Report of the Municipal Commissioner on the plague in Bombay for the year ending 31st May... - Volume 3
Disease focus: Plague
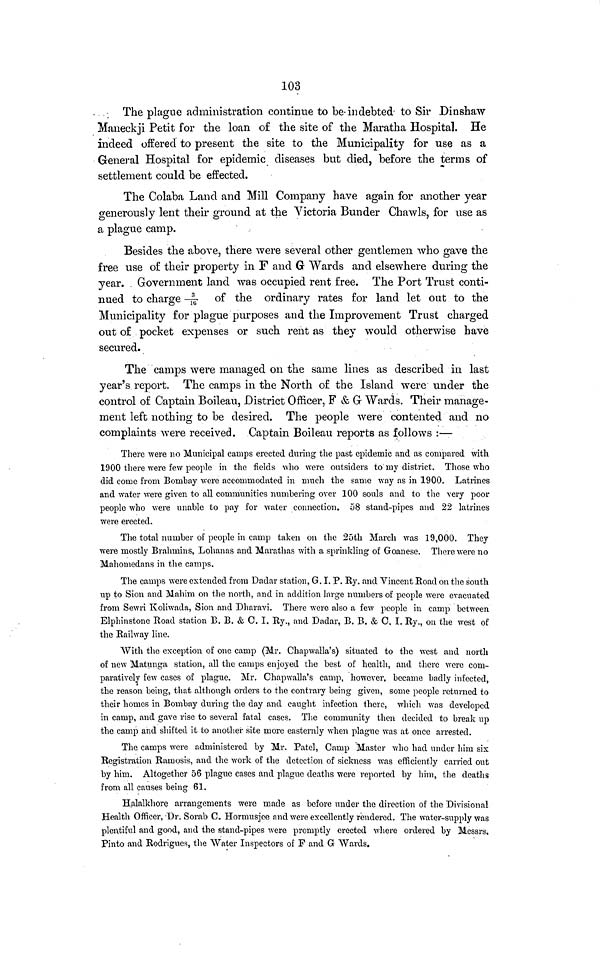
103
The plague administration continue to be indebted to Sir Dinshaw
Maneckji Petit for the loan of the site of the Maratha Hospital. He
indeed offered to present the site to the Municipality for use as a
General Hospital for epidemic diseases but died, before the terms of
settlement could be effected.
The Colaba Land and Mill Company have again for another year
generously lent their ground at the Victoria Bunder Chawls, for use as
a plague camp.
Besides the above, there were several other gentlemen who gave the
free use of their property in F and G Wards and elsewhere during the
year. Government land was occupied rent free. The Port Trust conti-
nued to charge 3/16 of the ordinary rates for land let out to the
Municipality for plague purposes and the Improvement Trust charged
out of pocket expenses or such rent as they would otherwise have
secured.
The camps were managed on the same lines as described in last
year's report. The camps in the North of the Island were under the
control of Captain Boileau, District Officer, F & G Wards. Their manage-
ment left nothing to be desired. The people were contented and no
complaints were received. Captain Boileau reports as follows :—
There were no Municipal camps erected during the past epidemic and as compared with
1900 there were few people in the fields who were outsiders to my district. Those who
did come from Bombay were accommodated in much the same way as in 1900. Latrines
and water were given to all communities numbering over 100 souls and to the very poor
people who were unable to pay for water connection. 58 stand-pipes and 22 latrines
were erected.
The total number of people in camp taken on the 25th March was 19,000. They
were mostly Brahmins, Lohanas and Marathas with a sprinkling of Goanese. There were no
Mahoniedans in the camps.
The camps were extended from Dadar station, G. I. P. Ry. and Vincent Road on the south
up to Sion and Mahim on the north, and in addition large numbers of people were evacuated
from Sewri Koliwada, Sion and Dharavi. There were also a few people in camp between
Elphinstone Road station B. B. & C. I. Ry., and Dadar, B. B. & C. I. Ry., on the west of
the Railway line.
With the exception of one camp (Mr. Chapwalla's) situated to the west and north
of new Matunga station, all the camps enjoyed the best of health, and there were com-
paratively few cases of plague. Mr. Chapwalla's camp, however, became badly infected,
the reason being, that although orders to the contrary being given, some people returned to
their homes in Bombay during the day and caught infection there, which was developed
in camp, and gave rise to several fatal cases. The community then decided to break up
the camp and shifted it to another site more easternly when plague was at once arrested.
The camps were administered by Mr. Patel, Camp Master who had under him six
Registration Ramosis, and the work of the detection of sickness was efficiently carried out
by him. Altogether 56 plague cases and plague deaths were reported by him, the deaths
from all causes being 61.
Halalkhore arrangements were made as before under the direction of the Divisional
Health Officer, Dr. Sorab C. Hormusjee and were excellently rendered. The water-supply was
plentiful and good, and the stand-pipes were promptly erected where ordered by Messrs.
Pinto and Rodrigues, the Water Inspectors of P and G Wards.